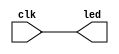
`timescale 1ns / 1ps
//////////////////////////////////////////////////////////////////////////////////
// Company: 
// Engineer: 
// 
// Design Name: 
// Module Name: blinky
// Project Name: 
// Target Devices: 
// Tool Versions: 
// Description: 
// 
// Dependencies: 
// 
// Revision:
// Revision 0.01 - File Created
// Additional Comments:
// 
//////////////////////////////////////////////////////////////////////////////////


module blinky(
    input clk,
    output [0:0]led
    );
    
    assign led[0] = clk;
endmodule